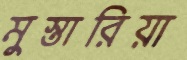
মুস্তারিয়া